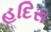
હદિસ